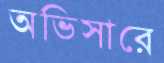
অভিসারে